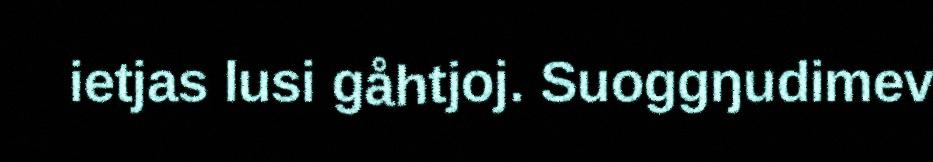
ietjas lusi gåhtjoj. Suoggŋudimev